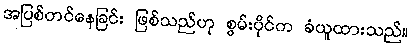
အပြစ်တင်နေခြင်း ဖြစ်သည်ဟု စွမ်းပိုင်က ခံယူထားသည်။